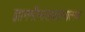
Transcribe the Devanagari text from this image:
ज्ञानमीमांसाशास्त्रात्मक